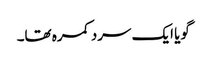
گویا ایک سرد کمرہ تھا۔